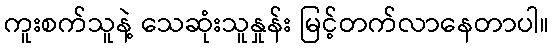
ကူးစက်သူနဲ့ သေဆုံးသူနှုန်း မြင့်တက်လာနေတာပါ။